Report of the Indian Hemp Drugs Commission, 1894-1895 - Volume IV
Year: 1894
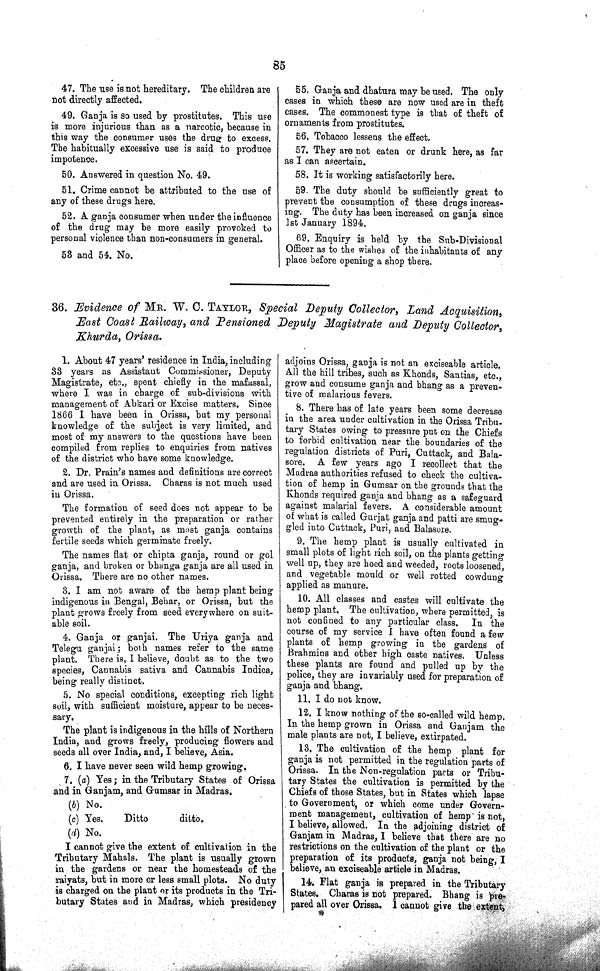
85
47. The use is not hereditary. The children are
not directly affected.
49. Ganja is so used by prostitutes. This use
is more injurious than as a narcotic, because in
this way the consumer uses the drug to excess.
The habitually excessive use is said to produce
impotence.
50. Answered in question No. 49.
51. Crime cannot be attributed to the use of
any of these drugs here.
52. A ganja consumer when under the influence
of the drug may be more easily provoked to
personal violence than non-consumers in general.
53 and 54. No.
55. Ganja and dhatura may be used. The only
cases in which these are now used are in theft
cases. The commonest type is that of theft of
ornaments from prostitutes.
56. Tobacco lessens the effect.
57. They are not eaten or drunk here, as far
as I can ascertain.
58. It is working satisfactorily here.
59. The duty should be sufficiently great to
prevent the consumption of these drugs increas¬
ing. The duty has been increased on ganja since
1st January 1894.
69. Enquiry is held by the Sub-Divisional
Officer as to the wishes of the inhabitants of any
place before opening a shop there.
36. Evidence of MR. W. C. TAYLOR, Special Deputy Collector, Land Acquisition,
East Coast Railway, and Pensioned Deputy Magistrate and Deputy Collector,
Khurda, Orissa.
1. About 47 years' residence in India, including
33 years as Assistant Commissioner, Deputy
Magistrate, etc., spent chiefly in the mafassal,
where I was in charge of sub-divisions with
management of Abkari or Excise matters. Since
1866 I have been in Orissa, but my personal
knowledge of the subject is very limited, and
most of my answers to the questions have been
compiled from replies to enquiries from natives
of the district who have some knowledge.
2. Dr. Prain's names and definitions are correct
and are used in Orissa. Charas is not much used
in Orissa.
The formation of seed does not appear to be
prevented entirely in the preparation or rather
growth of the plant, as most ganja contains
fertile seeds which germinate freely.
The names flat or chipta ganja, round or gol
ganja, and broken or bhanga ganja are all used in
Orissa. There are no other names.
3. I am not aware of the hemp plant being
indigenous in Bengal, Behar, or Orissa, but the
plant grows freely from seed everywhere on suit¬
able soil.
4. Ganja or ganjai. The Uriya ganja and
Telegu ganjai; both names refer to the same
plant. There is, I believe, doubt as to the two
species, Cannabis sativa and Cannabis Indica,
being really distinct.
5. No special conditions, excepting rich light
soil, with sufficient moisture, appear to be neces¬
sary.
The plant is indigenous in the hills of Northern
India, and grows freely, producing flowers and
seeds all over India, and, I believe, Asia.
6. I have never seen wild hemp growing.
7. (a) Yes; in the Tributary States of Orissa
and in Ganjam, and Gumsar in Madras.
(b) No.
(c) Yes.
Ditto
ditto.
(d) No.
I cannot give the extent of cultivation in the
Tributary Mahals. The plant is usually grown
in the gardens or near the homesteads of the
raiyats, but in more or less small plots. No duty
is charged on the plant or its products in the Tri¬
butary States and in Madras, which presidency
adjoins Orissa, ganja is not an exciseable article.
All the hill tribes, such as Khonds, Santias, etc.,
grow and consume ganja and bhang as a preven¬
tive of malarious fevers.
8. There has of late years been some decrease
in the area under cultivation in the Orissa Tribu¬
tary States owing to pressure put on the Chiefs
to forbid cultivation near the boundaries of the
regulation districts of Puri, Cuttack, and Bala-
sore. A few years ago I recollect that the
Madras authorities refused to check the cultiva¬
tion of hemp in Gumsar on the grounds that the
Khonds required ganja and bhang as a safeguard
against malarial fevers. A considerable amount
of what is called Gurjat ganja and patti are smug¬
gled into Cuttack, Puri, and Balasore.
9. The hemp plant is usually cultivated in
small plots of light rich soil, on the plants getting
well up, they are hoed and weeded, roots loosened,
and vegetable mould or well rotted cowdung
applied as manure.
10. All classes and castes will cultivate the
hemp plant. The cultivation, where permitted, is
not confined to any particular class. In the
course of my service I have often found a few
plants of hemp growing in the gardens of
Brahmins and other high caste natives. Unless
these plants are found and pulled up by the
police, they are invariably used for preparation of
ganja and bhang.
11. I do not know.
12. I know nothing of the so-called wild hemp.
In the hemp grown in Orissa and Ganjam the
male plants are not, I believe, extirpated.
13. The cultivation of the hemp plant for
ganja is not permitted in the regulation parts of
Orissa. In the Non-regulation parts or Tribu¬
tary States the cultivation is permitted by the
Chiefs of those States, but in States which lapse
to Government, or which come under Govern¬
ment management, cultivation of hemp is not,
I believe, allowed. In the adjoining district of
Ganjam in Madras, I believe that there are no
restrictions on the cultivation of the plant or the
preparation of its products, ganja not being, I
believe, an exciseable article in Madras.
14. Flat ganja is prepared in the Tributary
States. Charas is not prepared. Bhang is pre-
pared all over Orissa. I cannot give the extent,